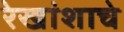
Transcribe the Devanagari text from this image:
रेखांशाचे